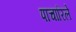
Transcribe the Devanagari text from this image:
पाचारिले